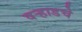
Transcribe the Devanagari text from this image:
वऱ्हाडचे